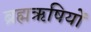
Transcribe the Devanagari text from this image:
ब्रह्मऋषियों